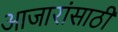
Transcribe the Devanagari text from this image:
अाजारांसाठी